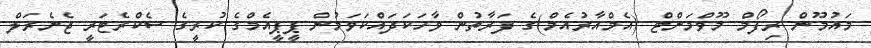
މައުމޫން ރިފޯމް މޫވްމަންޓް (އެމްއާރުއެމް)ގެ ފަރާތުން ވާހަކަދައްކަވަމުން ޕީޕީއެމްގެ ކުރީގެ ސެކްރެޓަރީ ޖެނެރަލް